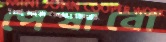
পেষাবো